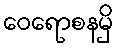
ဝေရောစနမှိ